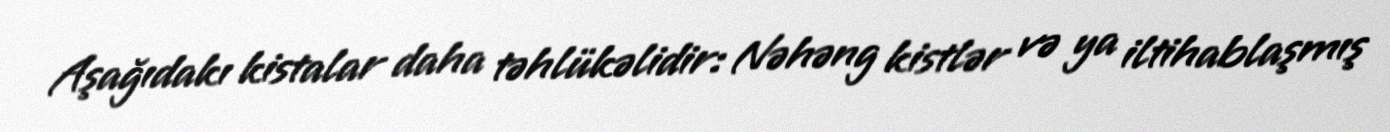
Aşağıdakı kistalar daha təhlükəlidir: Nəhəng kistlər və ya iltihablaşmış